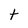
Character: t